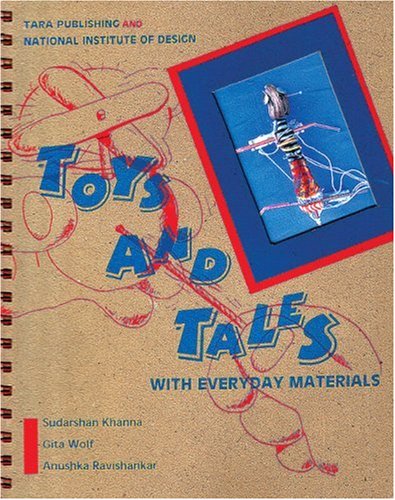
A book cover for Toys and Tales with Everyday Materials; Sudarshan Khanna; Crafts, Hobbies & Home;